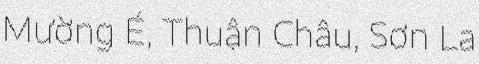
Mường É, Thuận Châu, Sơn La